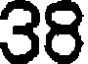
38